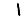
Digit: 1